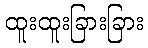
ထူးထူးခြားခြား